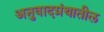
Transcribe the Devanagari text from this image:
अनुवादग्रंथातील